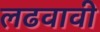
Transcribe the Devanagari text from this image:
लढवावी